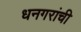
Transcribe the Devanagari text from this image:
धनगरांची